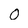
Character: 0